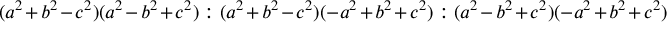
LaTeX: \displaystyle ( a ^ { 2 } + b ^ { 2 } - c ^ { 2 } ) ( a ^ { 2 } - b ^ { 2 } + c ^ { 2 } ) : ( a ^ { 2 } + b ^ { 2 } - c ^ { 2 } ) ( - a ^ { 2 } + b ^ { 2 } + c ^ { 2 } ) : ( a ^ { 2 } - b ^ { 2 } + c ^ { 2 } ) ( - a ^ { 2 } + b ^ { 2 } + c ^ { 2 } )